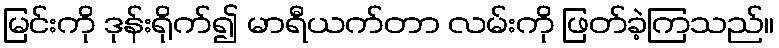
မြင်းကို ဒုန်းရိုက်၍ မာရီယက်တာ လမ်းကို ဖြတ်ခဲ့ကြသည်။